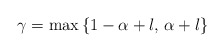
\begin{align*}\gamma = \max\left\{ 1- \alpha + l, \, \alpha+l \right\}\end{align*}